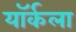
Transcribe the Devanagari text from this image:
यॉर्कला